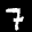
Label: 7